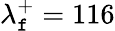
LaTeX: \lambda_{\mathtt{f}}^{+}=116